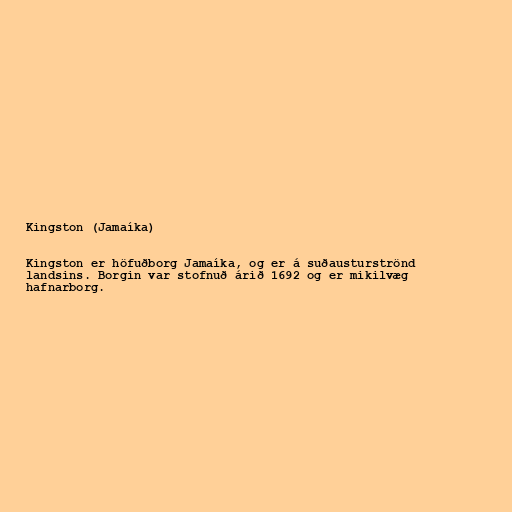
Kingston (Jamaíka)

Kingston er höfuðborg Jamaíka, og er á suðausturströnd
landsins. Borgin var stofnuð árið 1692 og er mikilvæg
hafnarborg.